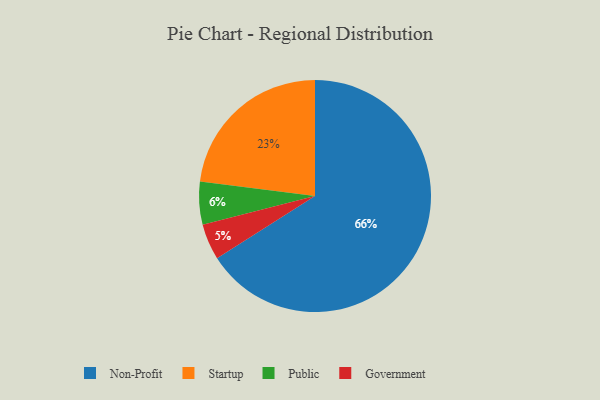
{"axis": {"x": "Category", "y": "Percentage"}, "legend": ["Government", "Non-Profit", "Public", "Startup"], "data": [{"x": "Government", "y": 5, "type": "Government"}, {"x": "Startup", "y": 23, "type": "Startup"}, {"x": "Non-Profit", "y": 66, "type": "Non-Profit"}, {"x": "Public", "y": 6, "type": "Public"}]}